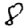
Digit: 8